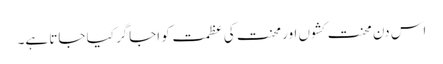
اس دن محنت کشوں اور محنت کی عظمت کو اجاگر کیا جاتا ہے۔